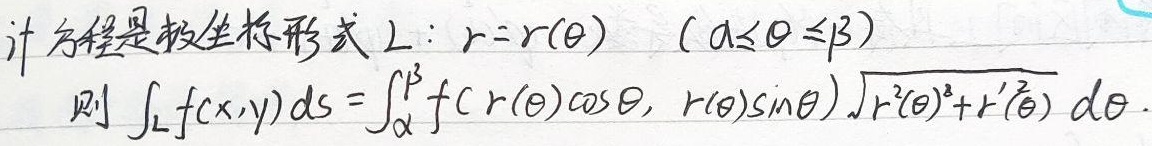
若曲线\(L\)的方程是极坐标形式\(L: r = r(\theta) \ (\alpha\leqslant\theta\leqslant\beta)\)，则\(\int_{L}f(x,y)ds=\int_{\alpha}^{\beta}f(r(\theta)\cos\theta,r(\theta)\sin\theta)\sqrt{r^{2}(\theta)+r'^{2}(\theta)}d\theta\)